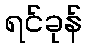
ရင်ခုန်